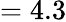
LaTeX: =4.3